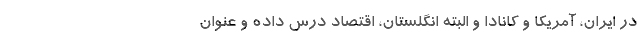
در ایران، آمریکا و کانادا و البته انگلستان، اقتصاد درس داده و عنوان